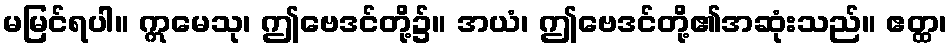
မမြင်ရပါ။ ဣမေသု၊ ဤဗေဒင်တို့၌။ အယံ၊ ဤဗေဒင်တို့၏အဆုံးသည်။ ဧတ္ထ၊